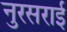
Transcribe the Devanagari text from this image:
नुरसराई